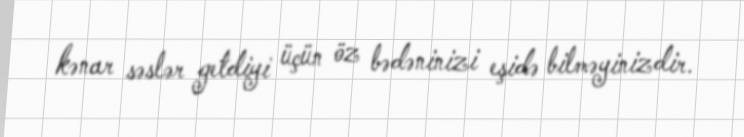
kənar səslər getdiyi üçün öz bədəninizi eşidə bilməyinizdir.